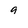
Character: 9